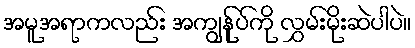
အမူအရာကလည်း အကျွန်ုပ်ကို လွှမ်းမိုးဆဲပါပဲ။